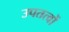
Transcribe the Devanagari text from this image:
उपतत्वों